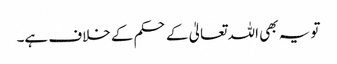
تو یہ بھی اللہ تعالیٰ کے حکم کے خلاف ہے۔